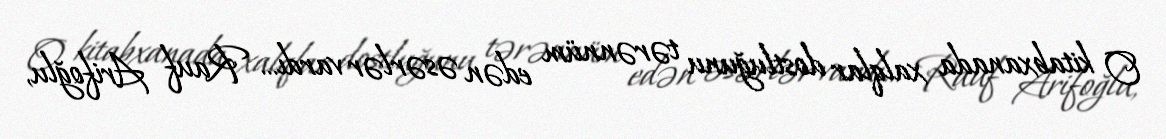
O kitabxanada xalqlar dostluğunu tərənnüm edən əsərlər vardı... Rauf Arifoğlu,